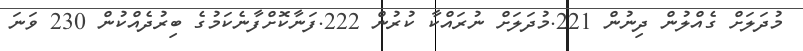
މުދަލަށް ގެއްލުން ދިނުން 221.މުދަލަށް ނުރައްކާ ކުރުން 222.ފަނާކޮށްފާނެކަމުގެ ބިރުދެއްކުން 230 ވަނަ